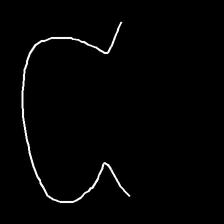
Glyph: weave